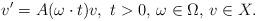
LaTeX: \begin{align*}v'=A(\omega\cdot t)v,\,\,t>0,\,\omega\in \Omega,\,v\in X.\end{align*}